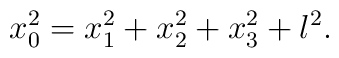
x_0^2=x_1^2+x_2^2 +x_3^2 +l^2.